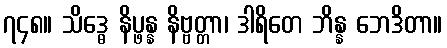
၇၄၈။ သိဒ္ဓေ နိပ္ဖန္န နိဗ္ဗတ္တာ၊ ဒါရိတေ ဘိန္န ဘေဒိတာ။